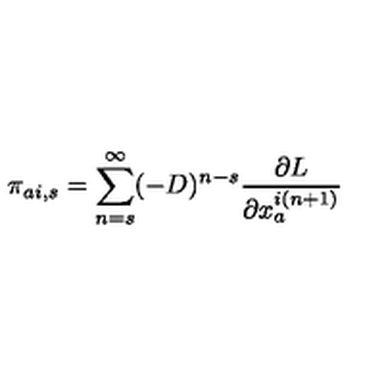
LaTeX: \pi _ { a i , s } = \sum _ { n = s } ^ { \infty } ( - D ) ^ { n - s } \frac { \partial L } { \partial x _ { a } ^ { i ( n + 1 ) } }